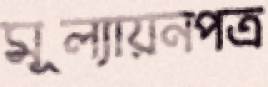
মূল্যায়নপত্র